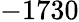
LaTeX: -1730